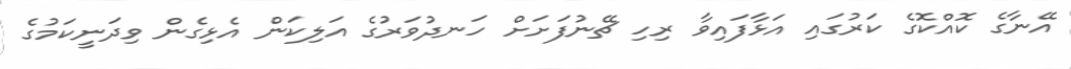
އޭނާގެ ކޮއްކޮގެ ކަރުގައި އަޅާފައިވާ ރިހި ޗޭނުފަށަށް ހަނދުވަރުގެ އަލިކަން އެޅިގެން ވިދަނީކަމުގެ